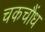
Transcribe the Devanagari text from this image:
चकचौंध